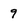
Character: 9